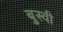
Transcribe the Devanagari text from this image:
बुस्वी